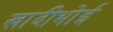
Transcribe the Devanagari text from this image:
खादीभोई